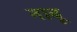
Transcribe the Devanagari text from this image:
नाबू